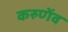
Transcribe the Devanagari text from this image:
करुणेंव